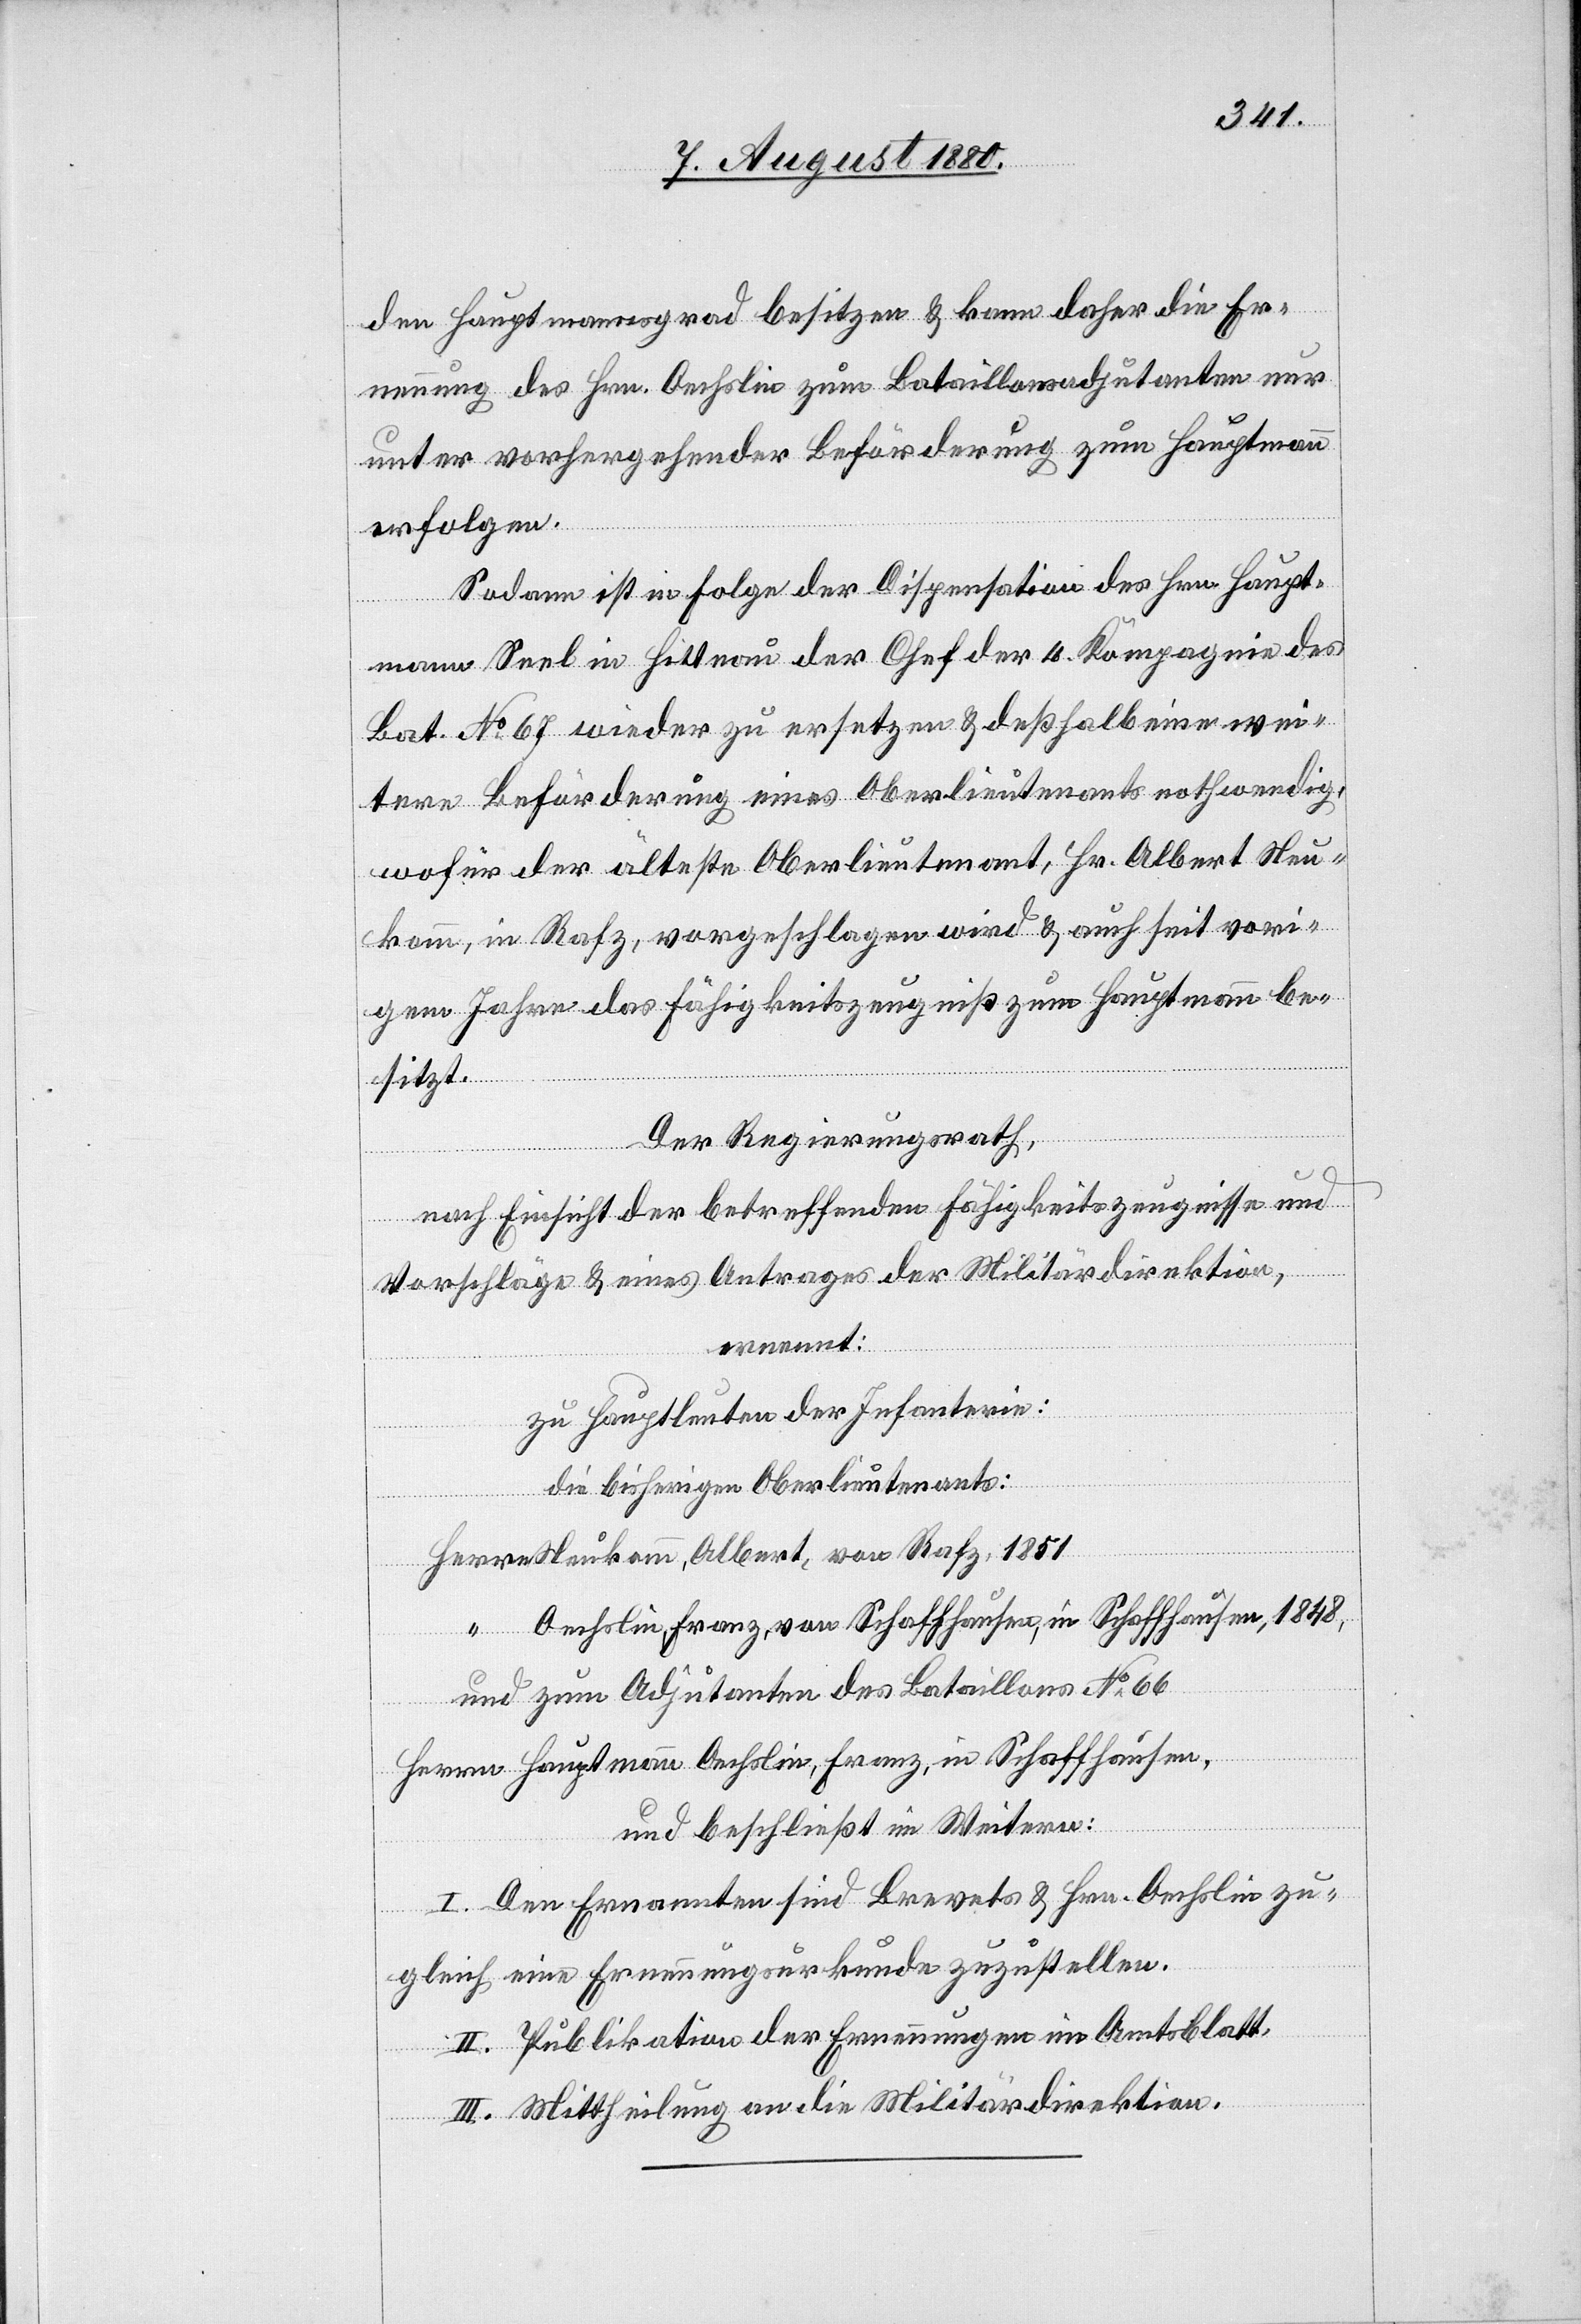
den Hauptmannsgrad besitzen & kann daher die Er¬
nennung des Hrn. Oechslin zum Bataillonsadjutanten nur
unter vorhergehender Beförderung zum Hauptmann
erfolgen.
Sodann ist in Folge der Dispensation des Hrn. Haupt¬
mann Seel in Hittnau der Chef der 4. Kompagnie des
Bat. No 67 wieder zu ersetzen & deßhalb eine wei¬
tere Beförderung eines Oberlieutenants nothwendig,
wofür der älteste Oberlieutenant, Hr. Albert Neu¬
komm, in Rafz, vorgeschlagen wird & auch seit vori¬
gem Jahre das Fähigkeitszeugniß zum Hauptmann be¬
sitzt.
Der Regierungsrath,
nach Einsicht der betreffenden Fähigkeitszeugnisse und
Vorschläge & eines Antrages der Militärdirektion,
ernennt:
zu Hauptleuten der Infanterie:
die bisherigen Oberlieutenants:
Herren Neukomm, Albert, von Rafz, 1851
“ Oechslin, Franz, von Schaffhausen, in Schaffhausen, 1848,
und zum Adjutanten des Bataillons No 66
Herrn Hauptmann Oechslin, Franz, in Schaffhausen,
und beschließt im Weitern:
I. Den Ernannten sind Brevets & Hrn. Oechslin zu¬
gleich eine Ernennungsurkunde zuzustellen.
II. Publikation der Ernennungen im Amtsblatt.
III. Mittheilung an die Militärdirektion.